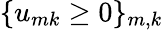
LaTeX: \{ u_{mk}\ge 0\} _{m,k}